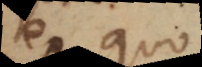
ex quo